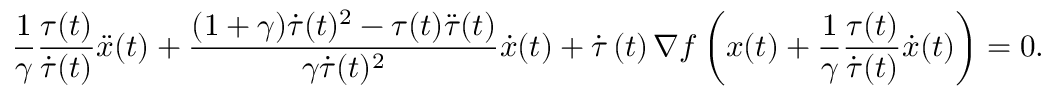
\frac { 1 } { \gamma } \frac { \tau ( t ) } { \dot { \tau } ( t ) } \ddot { x } ( t ) + \frac { ( 1 + \gamma ) \dot { \tau } ( t ) ^ { 2 } - \tau ( t ) \ddot { \tau } ( t ) } { \gamma \dot { \tau } ( t ) ^ { 2 } } \dot { x } ( t ) + \dot { \tau } \left( t \right) \nabla f \left( x ( t ) + \frac { 1 } { \gamma } \frac { \tau ( t ) } { \dot { \tau } ( t ) } \dot { x } ( t ) \right) = 0 .